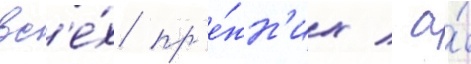
вс'е́х пр'е́жн'их / а́